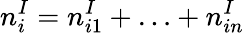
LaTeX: n_{i}^{I}=n_{i1}^{I}+\ldots+n_{in}^{I}